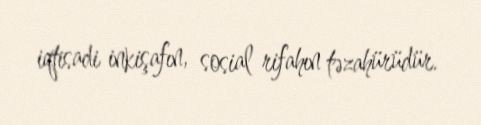
iqtisadi inkişafın, sosial rifahın təzahürüdür.